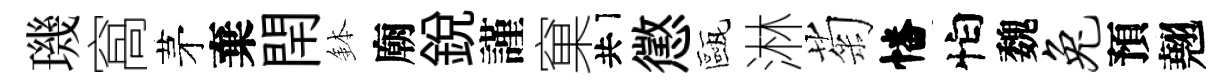
璣窩茅棄閈鉢廟銳謹窠共懲甌淋菊幡怕魏兔預翹